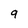
Character: 9